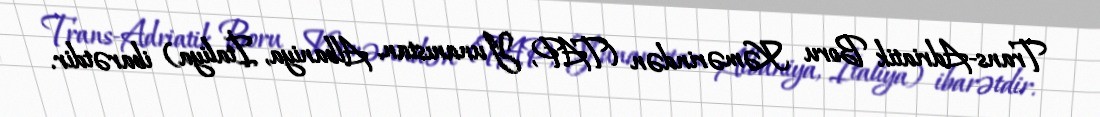
Trans-Adriatik Boru Kəmərindən (TAP, Yunanıstan, Albaniya, İtaliya) ibarətdir.